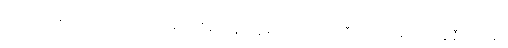
ကျောင်းသစ် တည်ထောင်ရတာဖြစ်လို့ စိန်ခေါ်မှုတွေ များသလို လာသီတင်းသုံးမယ့် ဘိက္ခုနီကလည်း